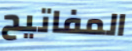
المفاتيح